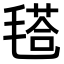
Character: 𣯚